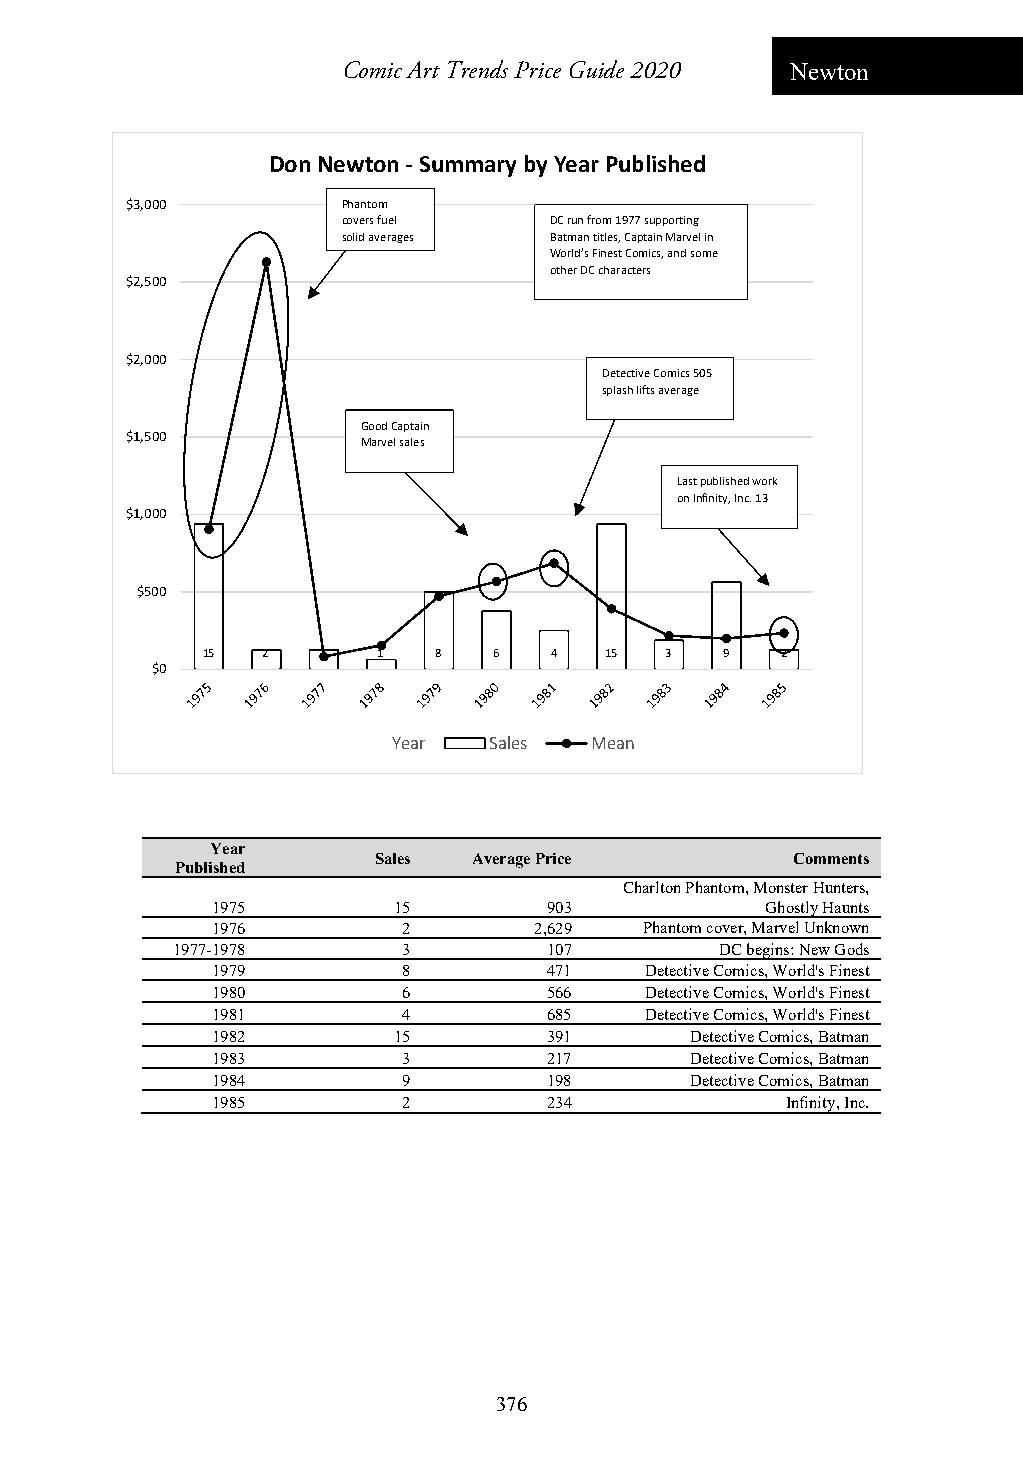
Comic Art Trends Price Guide 2020 Newton
 Don Newton ‐Summary by Year Published
 $3,000         Phantom
 covers fuel  DC run from 1977 supporting
 solid averages Batman titles, Captain Marvel in
 World’s Finest Comics, and some
 other DC characters
 $2,500
 $2,000
 Detective Comics 505
 splash lifts average
 Good Captain
 $1,500
 Marvel sales
 Last published work
 on Infinity, Inc. 13
 $1,000
 $500
 15  2   2   1   8   6  4   15  3   9   2
 $0
 Year  Sales  Mean
 Year
 Sales Average Price        Comments
 Published
 Charlton Phantom, Monster Hunters,
 1975        15        903            Ghostly Haunts
 1976         2       2,629   Phantom cover, Marvel Unknown
 1977-1978       3        107         DC begins: New Gods
 1979         8        471    Detective Comics, World's Finest
 1980         6        566    Detective Comics, World's Finest
 1981         4        685    Detective Comics, World's Finest
 1982        15        391       Detective Comics, Batman
 1983         3        217       Detective Comics, Batman
 1984         9        198       Detective Comics, Batman
 1985         2        234             Infinity, Inc.
 376